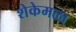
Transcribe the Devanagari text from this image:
शेकेमळा